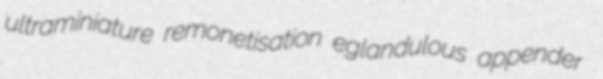
ultraminiature remonetisation eglandulous appender